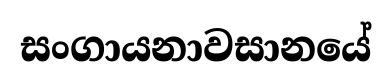
සංගායනාවසානයේ